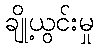
ချို့ယွင်းမှု